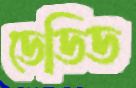
ডেডিড